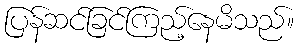
ပြန်ဆင်ခြင်ကြည့်နေမိသည်။